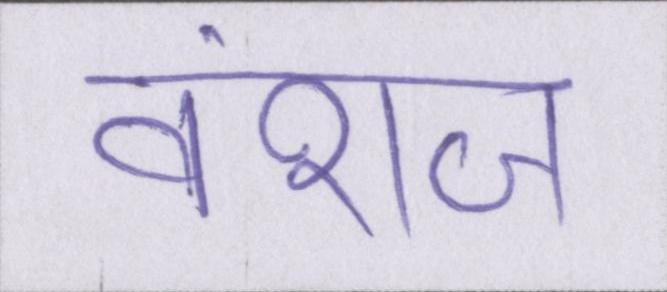
वंशज